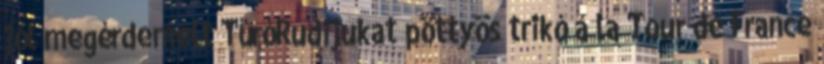
jól megérdemelt TúróRudijukat pöttyös trikó a’la Tour de France